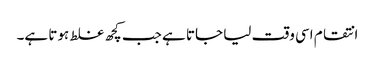
انتقام اسی وقت لیا جاتا ہے جب کچھ غلط ہوتا ہے۔